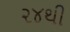
૨૪થી